Treatise on elephants
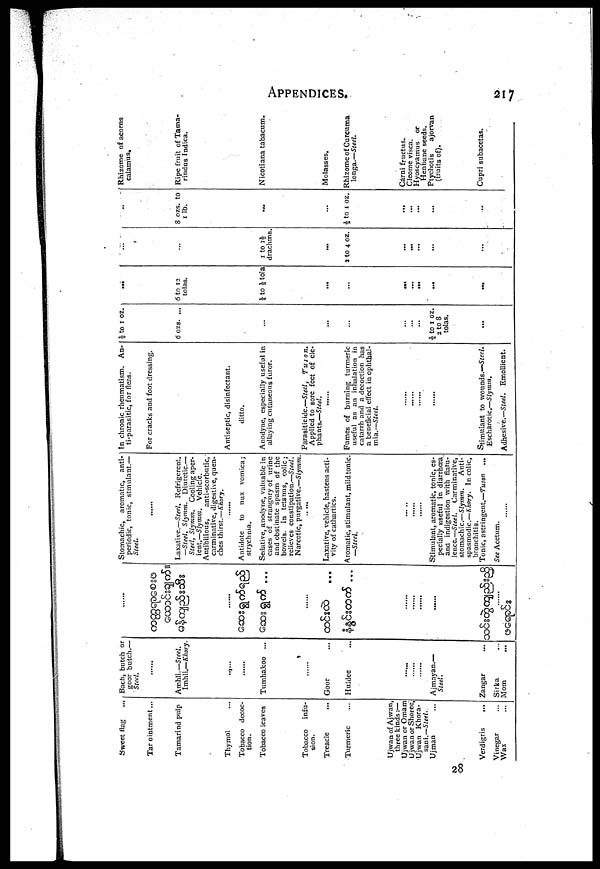
APPENDICES.
217
Sweet flag ...
Tar ointment...
Tamarind pulp
Thymol ...
Tobacco decoc-
tion.
Tobacco leaves
Tobacco
infu-
sion.
Treacle ...
Turmeric ...
Ujwan of Ajwan,
three kinds:—
Ujwan or Omam
Ujwan or Shoree
Ujwan Khora-
sani.—Steel.
Ujman ...
Verdigris ...
Vinegar ...
Wax ...
Bach, butch or
goor butch.—
Steel.
.......
Amhli.—Steel.
Imhli.—Khory.
......
.......
Tumhakoo ...
.......
Goor ...
Huldee ...
......
......
......
......
Ajmayan.—
Steel.
Zangar ...
Sirka ...
Mom
...
.......
.......
...
.......
...
...
......
......
......
......
......
.......
Stomachic, aromatic, anti-
Steel.
.......
Laxative.—Steel. Refrigerent.
—Steel, Slymm.
Diuretic.—
Steel, Slymm.
Cooling aper-
ient.— Slymm.
Vehicle.
Antibilious,
anti-scorbutic,
carminative, digestive, quen-
ches thirst.—Khory.
.......
Antidote
to nux vomica;
strychnia.
Sedative, anodyne, valuable in
cases of strangury of urine
and obstinate spasm of the
bowels. In tetanus, colic ;
relieves constipation.—Steel.
Narcotic, purgative.—Slymm.
.. ...
Laxative, vehicle, hastens acti-
vity of cathartics.
Aromatic, stimulant, mild tonic.
—Steel.
......
......
......
......
Stimulant, aromatic, tonic, es-
pecially useful in diarrhoea
and indigestion with flatu-
lence.—Steel. Carminative,
stomachic.—Slymm. Anti-
spasmodic.—Khory. In colic,
bronchitis.
Tonic, astringent.—Tuson ...
See Acetum.
.......
In chronic rheumatism. An-
ti-parasitic, for fleas.
For cracks and foot dressing.
Antiseptic, disinfectant.
ditto.
Anodyne, especially useful in
allaying cutaneous furor.
Parasiticide.—Steel,
Tuson.
Applied to sore feet of ele-
phants.—Steel.
......
Fumes of burning turmeric
useful as an inhalation in
catarrh and a decoction has
a beneficial effect in ophthal-
mia.—Steel.
......
......
......
......
......
Stimulant to wounds.—Steel.
Escharotic.—Slymm.
Adhesive.— Steel. Emollient.
½ to 1 oz.
6 ozs. ...
......
...
...
½ to 1 oz.
2 to 8
tolas.
...
...
6 to 12
tolas.
½ to ½ tola
...
...
...
...
...
...
...
...
...
...
1 to 1½
drachms.
...
3 to 4 oz.
...
...
...
...
...
...
...
8 ozs. to
1 lb.
...
...
½ to 1 oz.
...
...
...
...
...
...
Rhizome of acorns
calamus.
Ripe fruit of Tama-
rindus Indica.
Nicotiana tabacum.
Molasses.
Rhizome of Curcuma
longa.—Steel.
Carni fructus.
Cleome visca.
Hyoscyamus or
Henbane seeds.
Ptychotis
ajorvan
(fruits of).
Cupri subacetas.
28